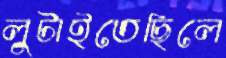
লুটাইতেছিলে